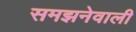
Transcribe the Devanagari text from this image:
समझनेवाली